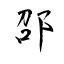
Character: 邵